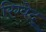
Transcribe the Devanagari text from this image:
रिग्वेद्